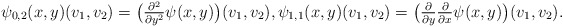
\begin{align*} \psi_{0,2}( x, y )( v_1, v_2 ) = \big( \tfrac{ \partial^2 }{ \partial y^2 } \psi( x, y ) \big)( v_1, v_2 ) , \psi_{ 1, 1 }( x, y )( v_1, v_2 ) = \big( \tfrac{ \partial }{ \partial y } \tfrac{ \partial }{ \partial x } \psi( x, y ) \big)( v_1, v_2 ) .\end{align*}